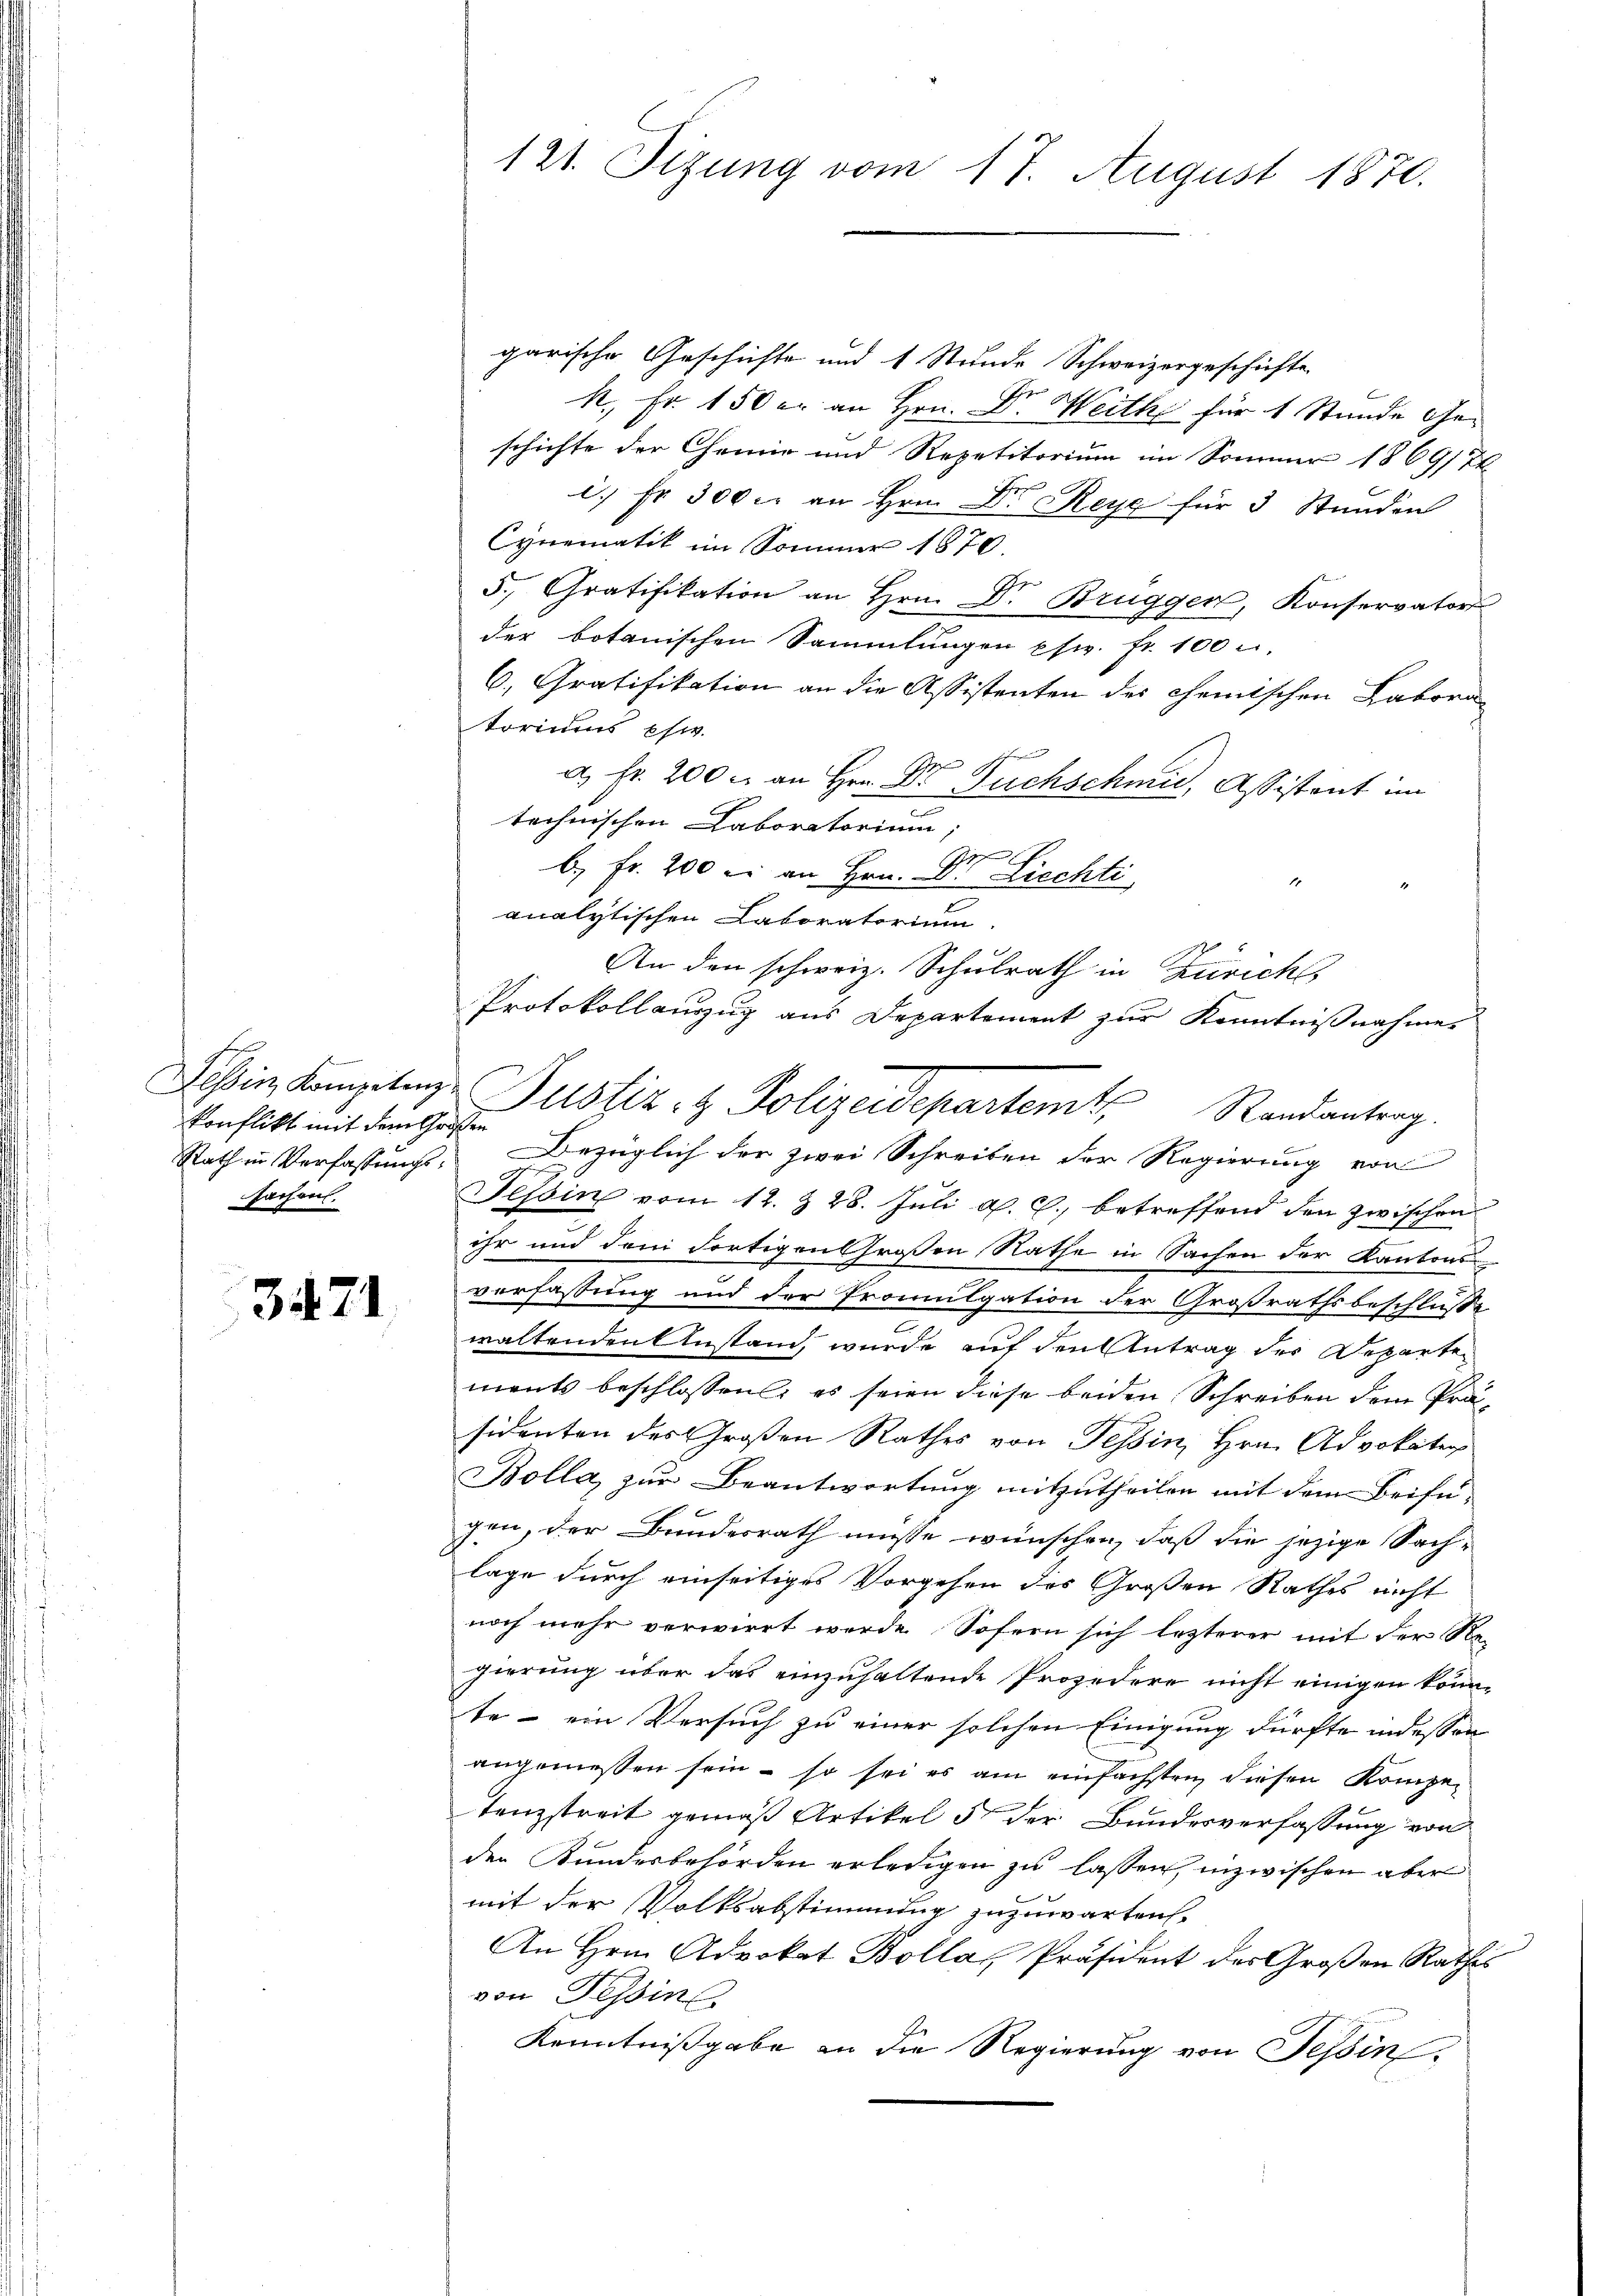
Se
konflikt mit dem Großen
Rath in Verfassungssachen.

3471

garische Geschichte und 1 Stunde Schweizergeschichte
k. Fr. 150 u. an Hrn. Dr. Weith für 1 Stunde Geschichte der Chemie und Repetitorium im Sommer 1869/74
c. fr. 300 c. an Hrn. Dr. Reye für 3 Stunden
Cynematik im Sommer 1870
5. Gratifikation an Hrn. Dr. Bruggen, Konservator
der botanischen Sammlungen psw. fr. 100 u.
6. Gratifikation an die Assistenten des chemischen Labora-
toriums phw.
a. Fr. 200. an Hrn. Dr Fuchschmid, Assistant im
technischen Laboratorium,
b.) Fr. 200 l. an Hrn. Dr. Liechti
1
analytischen Laboratorium
An den schweiz. Schulrath in Zürich,
Protokollauszug aus Departement zur Kenntnißnahme
Randantrag.
Bezüglich der zwei Schreiben der Regierung von
Tessin vom 12. & 28. Juli d. J., betreffend den zwischen
ihr und dem dortigen Großen Rathe in Sachen der Kantons
verfassung und der Promulgation der Großrathsbeschluße
waltenden Anstand, wurde auf den Antrag des Departe
ments beschlossen, es seien diese beiden Schreiben dem Präsidenten des Großen Rathes von Tessin, Hrn. Advokateg
Bolla, zur Beantwortung mitzutheilen mit dem Beifü-
gen, der Bundesrath müsse wünschen, daß die jezige Sach-
lage durch einseitiges Vorgehen des Großen Rathes nicht
noch mehr verwirrt werde. Sofern sich lezterer mit der Re-
gierung über das einzuhaltende Projedere nicht einigen könnte – ein Versuch zu einer solchen Einigung dürfte indessen
angemessen sein – so sei es am einfachsten diesen Kompe-
tenzstreit gemäß Artikel 5 der Bundesverfassung von
den Kundesbehörden erledigen zu lassen, inzwischen aber
mit der Volksabstimmung zuzuwarten,
An Hrn. Advokat Bollas Präsident des Großen Rathes
von Tessin
Kenntnißgabe an die Regierung von Tessin,

121. Sizung vom 17. August 1870.

Tessin, Kompetenz Gustiz- & Polizeidepartemt,